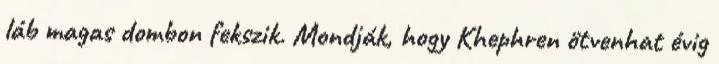
láb magas dombon fekszik. Mondják, hogy Khephren ötvenhat évig